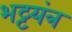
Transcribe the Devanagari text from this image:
भट्टयंत्र